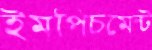
ইমপিচমেন্ট